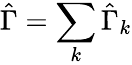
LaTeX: \hat{\Gamma}=\sum_{k}\hat{\Gamma}_{k}